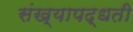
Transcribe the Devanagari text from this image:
संख्यापद्धती